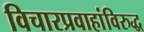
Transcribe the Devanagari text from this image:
विचारप्रवाहांविरुद्ध